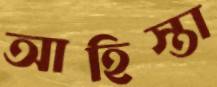
আহিস্তা